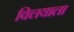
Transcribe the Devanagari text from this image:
विलयाला